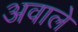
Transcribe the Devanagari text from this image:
अवाले